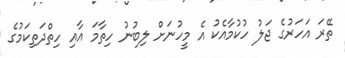
ތޭރަ އަހަރުގެ ޖަލު ހުކުމާއެކު އެ މީހުނަށް ލިބުނު ހިތާމަ އާއި ހިތްދަތިކަމުގެ